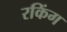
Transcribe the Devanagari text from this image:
रकिंग